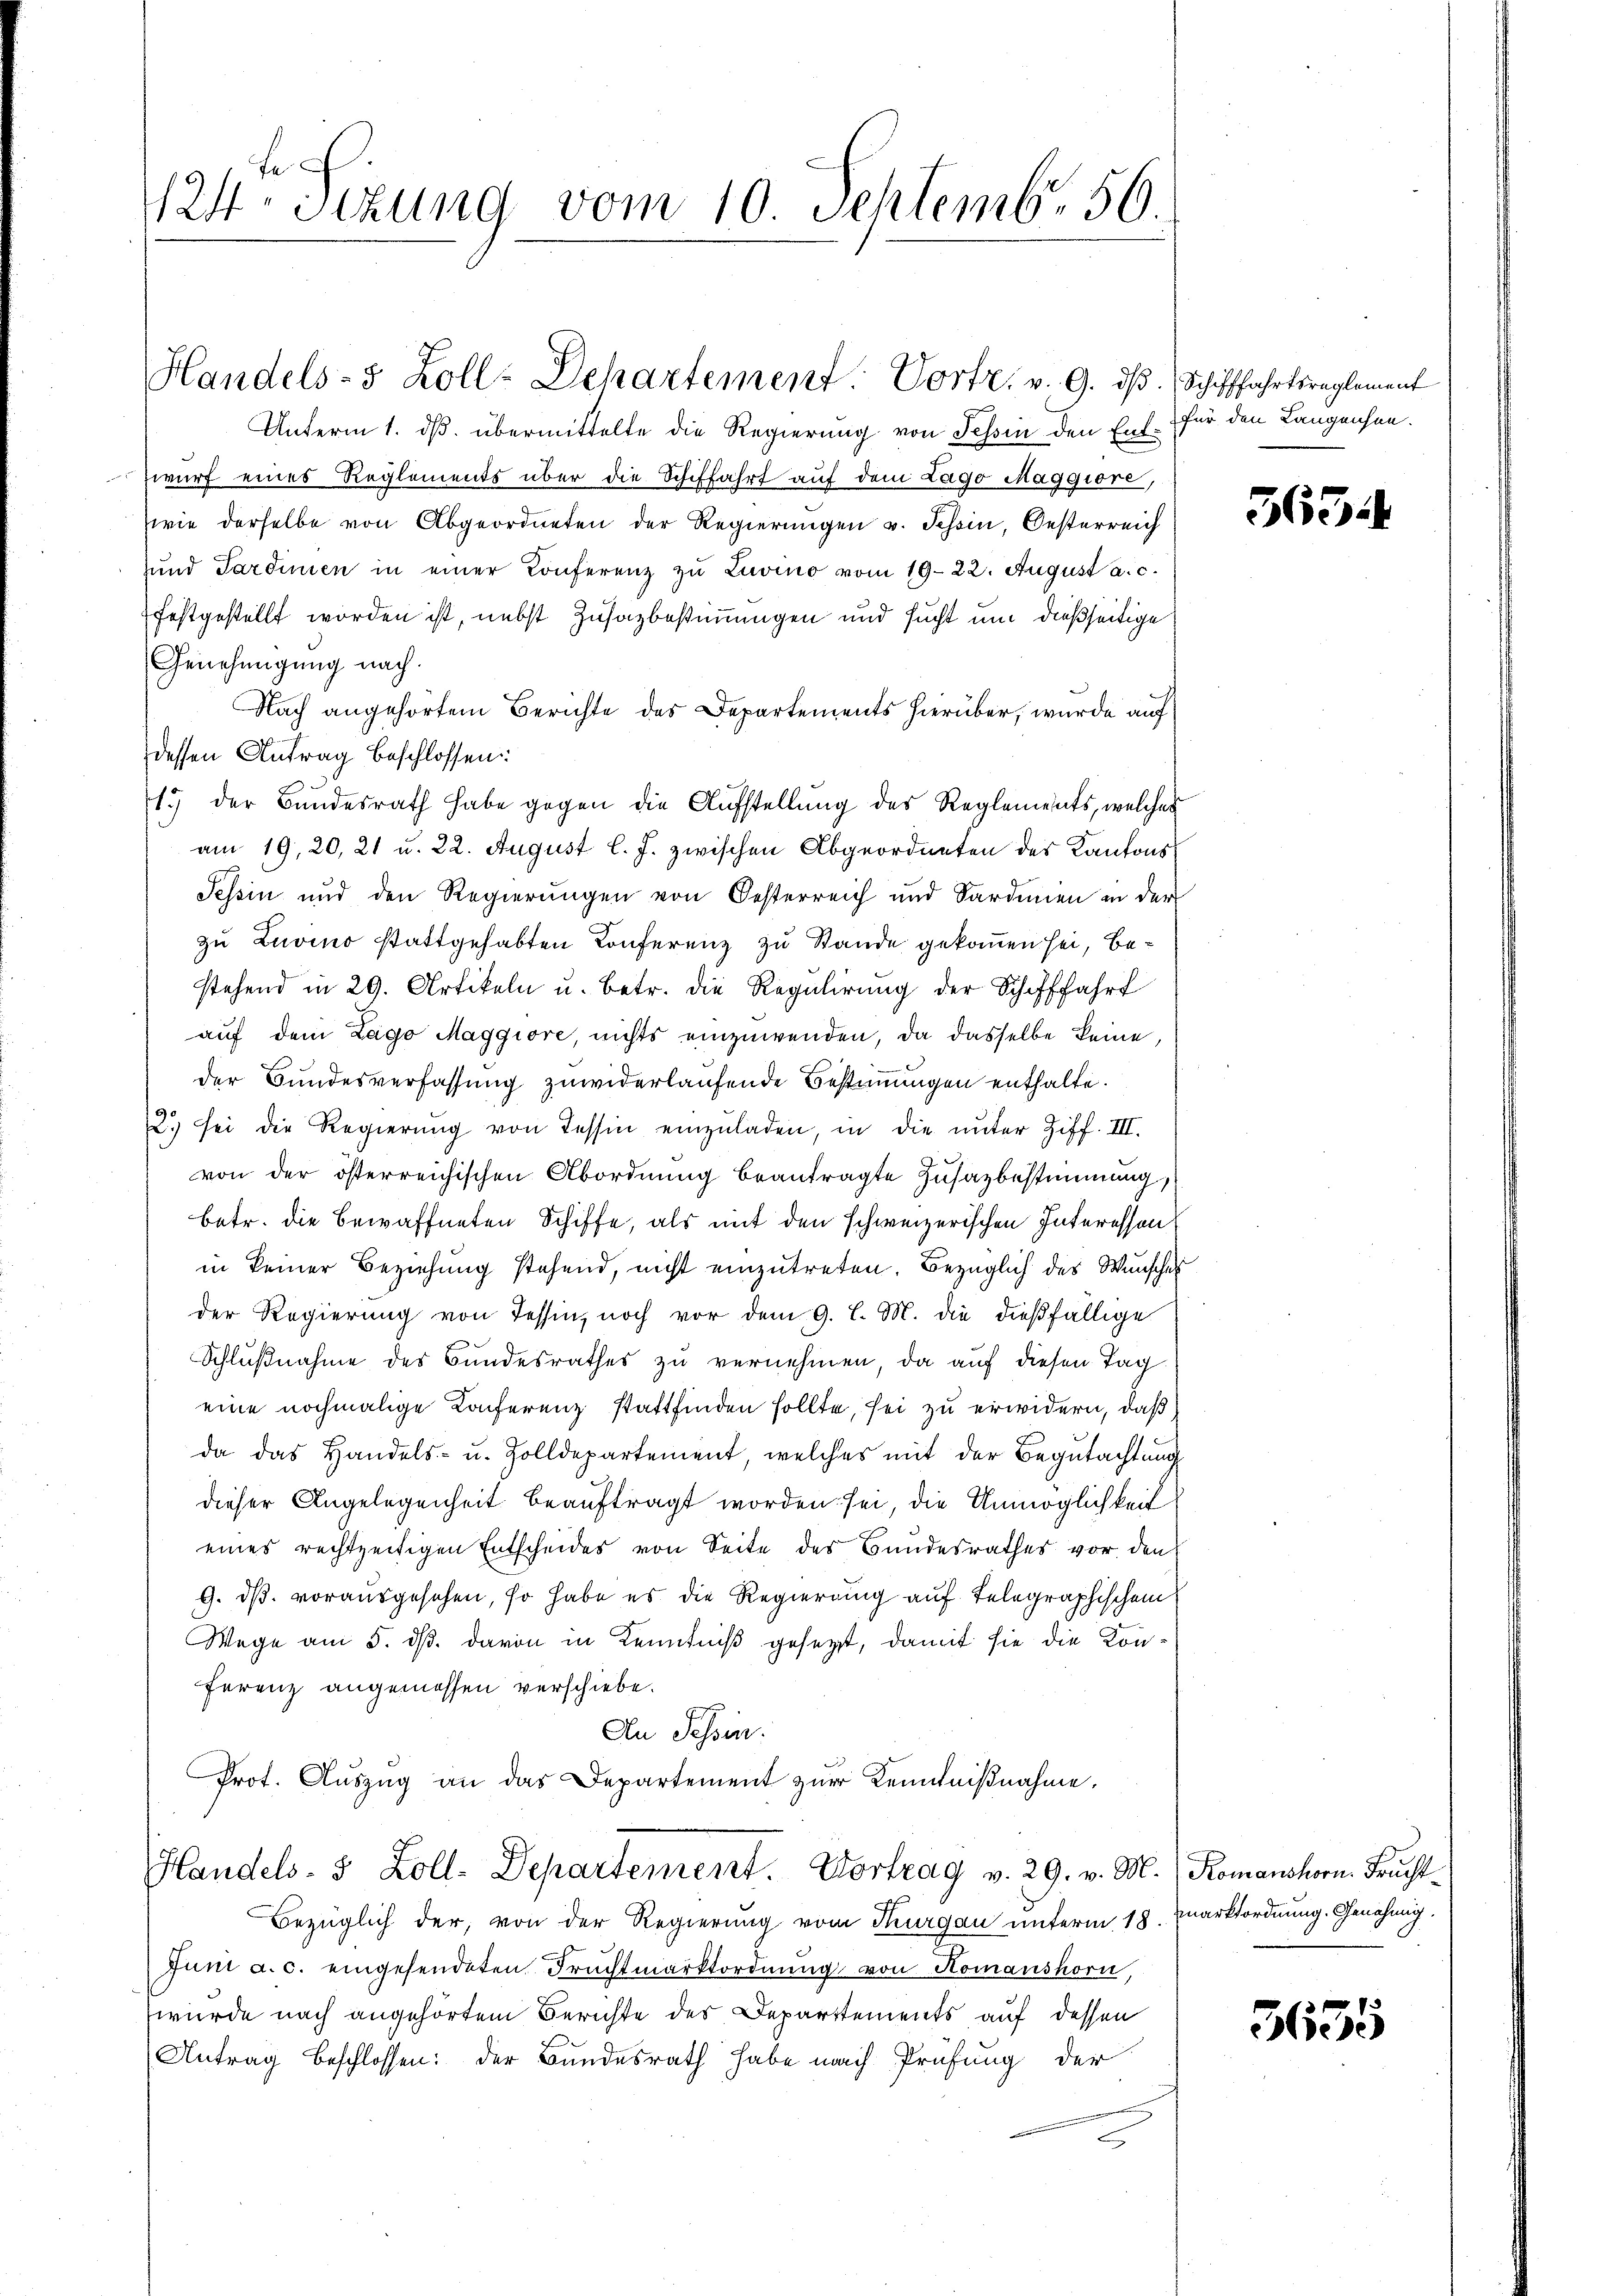
424 Sizung vom 10. Septemb. 56.

Handels- 5 Zoll-Dehartement Vortr. v. 9. dβ. Schifffahrtsreglement
Unterm 1. ds. übermittelte die Regierung von Schin den Ent¬

wurf eines Reglements über die Schiffahrt auf dem Lago Maggiore,
wie derselbe von Abgeordneten der Regierungen v. Tessin, Oesterreich
sund Sardinien in einer Konferenz zu Livino vom 19. 22. August a. c.
festgestellt worden ist, nebst Zusatbestimmungen und sucht um dießseitige
Genehmigung nach.
Nach angehörtem Berichte des Departements hierüber, wurde auf
dessen Antrag beschlossen:
15) der Bundesrath habe gegen die Aufstellung des Reglements, welches
am 19. 20, 21 u. 22. August l. J. zwischen Abgeordneten des Kantons
Tessin und den Regierungen von Oesterreich und Sardinien in der
zu Zuvino stattgehabten Conferenz zu Stande gekommen sei, bestehend in 29. Artikeln u. betr. die Regulirung der Schifffahrt
aŭf dem Lago Maggiore, nichts einzuwenden, da dasselbe keine,
der Bundesverfassung zuwiderlaufende Bestimmungen enthalte.
2.) sei die Regierung von Tessin einzuladen, in die unter Ziff. III.
von der österreichischen Abordnŭng beantragte Zŭsazbestimmung,
betr. die bewaffneten Schiffe, als mit den schweizerischen Interessen
in keiner Beziehung stehend, nicht einzutreten. Bezüglich des Wunsches
der Regierung von Tessin, noch vor dem 9. l. M. die dießfällige
Schlußnahme des Bundesrathes zu vernehmen, da auf diesen Tag
eine nochmalige Konferenz stattfinden sollte, sei zu erwidern, daß
da das Handels- u. Zolldepartement, welches mit der Begutachtung
dieser Angelegenheit beauftragt worden sei, die Unmöglichkeit
eines rechtzeitigen Entscheides von Seite des Bundesrathes vor den
9. ds. vorausgesehen, so habe es die Regierung auf telegraphischem
Wege am 5. ds. davon in Kenntniß gesezt, damit sie die Konferenz angemessen verschiebe.
An Tessin.
Prot. Auszug an das Departement zur Kenntnißnahme.
Handels- 5 Zoll-Departement. Vortrag v. 29. v. M.  Romanshorn Frucht¬
Bezüglich der, von der Regierung vom Thurgau unterm 18. Marktordnung. Genehmig
Juni a. c. eingesendeten Fruchtmarktordnung von Komanshorn,
wurde nach angehörtem Berichte des Departements auf dessen
Antrag beschlossen: der Bundesrath habe nach Prüfung der
e

für den Langensee.

365

3655